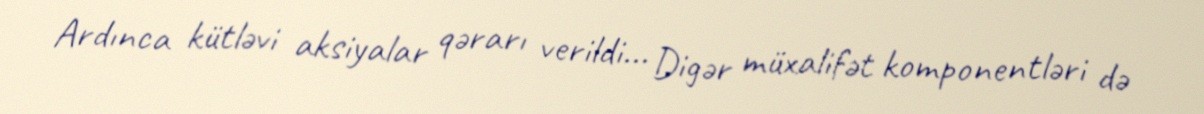
Ardınca kütləvi aksiyalar qərarı verildi... Digər müxalifət komponentləri də